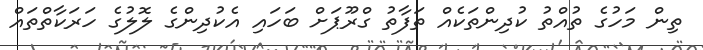
ތިން މަހުގެ ތުއްތު ކުދިންތަކެއް ތަފާތު ގްރޫޕަށް ބަހައި އެކުދިންގެ ލޮލުގެ ހަރަކާތްތައް